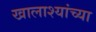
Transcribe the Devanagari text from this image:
खालाश्यांच्या